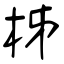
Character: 柹